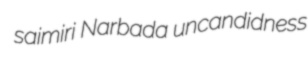
saimiri Narbada uncandidness